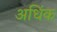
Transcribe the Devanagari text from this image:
अधिंक